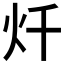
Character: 𱪦